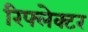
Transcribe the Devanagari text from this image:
रिफ्लेक्‍टर